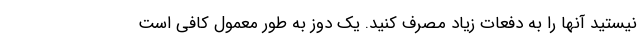
نیستید آنها را به دفعات زیاد مصرف کنید. یک دوز به طور معمول کافی است